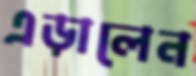
এড়ালেন